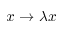
x \rightarrow \lambda x